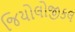
જિયોલોજીકલ